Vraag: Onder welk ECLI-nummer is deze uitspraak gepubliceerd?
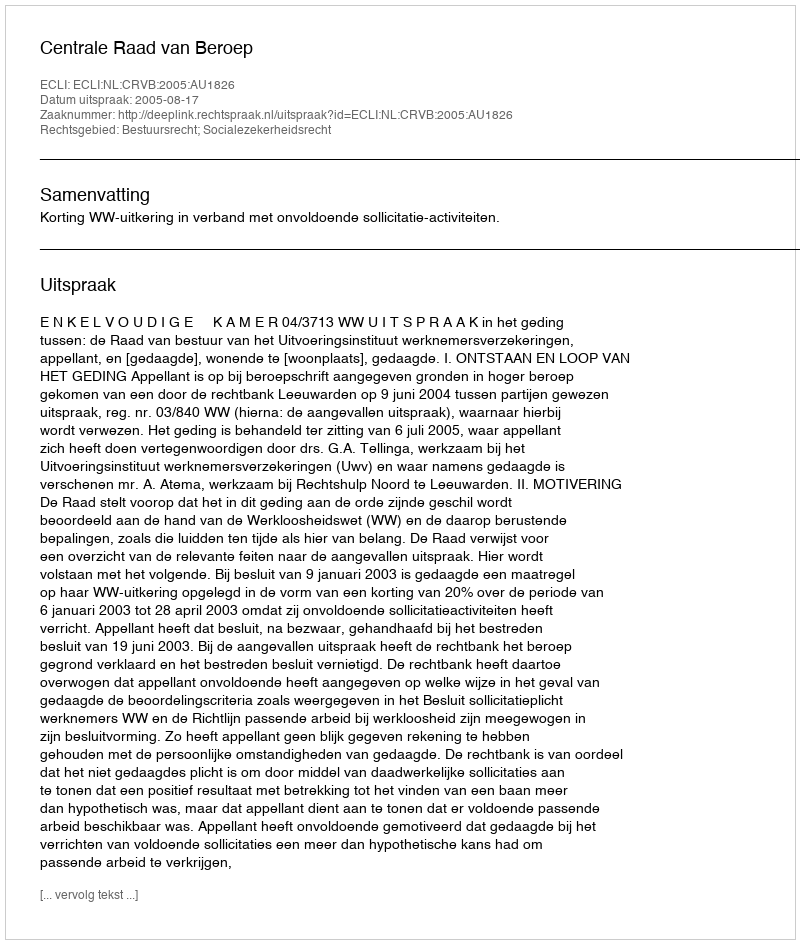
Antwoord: ECLI:NL:CRVB:2005:AU1826